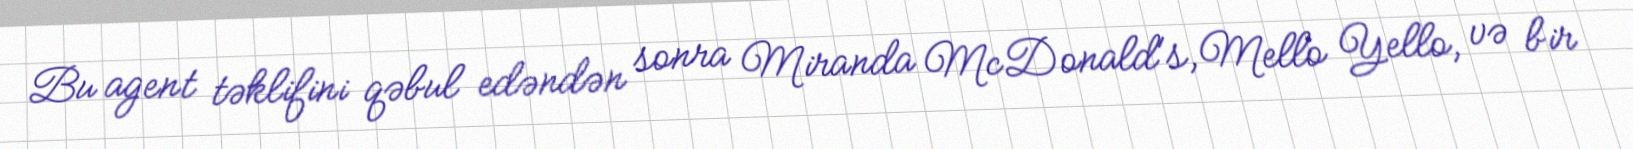
Bu agent təklifini qəbul edəndən sonra Miranda McDonald's, Mello Yello, və bir